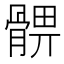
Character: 𩩚